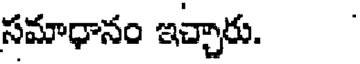
సమాధానం ఇచ్చారు.